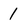
Character: 1